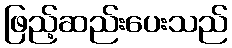
ဖြည့်ဆည်းပေးသည်